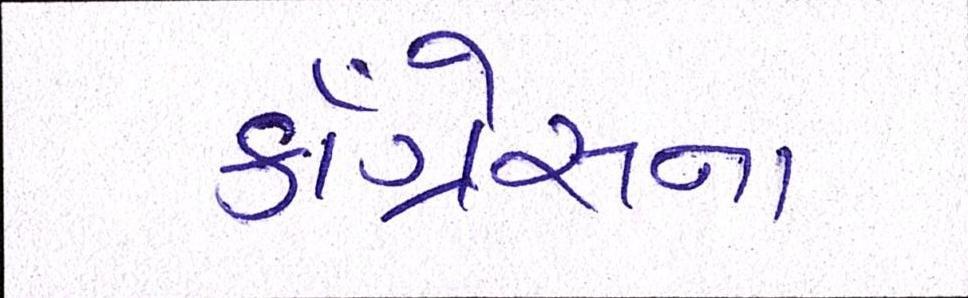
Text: કૉંગ્રેસના